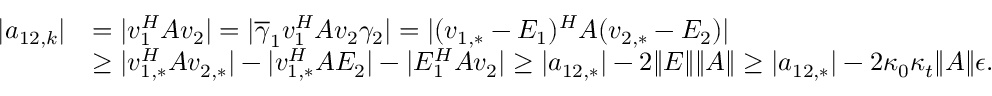
\begin{array} { r l } { | a _ { 1 2 , k } | } & { = | v _ { 1 } ^ { H } A v _ { 2 } | = | \overline { { \gamma } } _ { 1 } v _ { 1 } ^ { H } A v _ { 2 } \gamma _ { 2 } | = | ( v _ { 1 , * } - E _ { 1 } ) ^ { H } A ( v _ { 2 , * } - E _ { 2 } ) | } \\ & { \geq | v _ { 1 , * } ^ { H } A v _ { 2 , * } | - | v _ { 1 , * } ^ { H } A E _ { 2 } | - | E _ { 1 } ^ { H } A v _ { 2 } | \geq | a _ { 1 2 , * } | - 2 \| E \| \| A \| \geq | a _ { 1 2 , * } | - 2 \kappa _ { 0 } \kappa _ { t } \| A \| \epsilon . } \end{array}